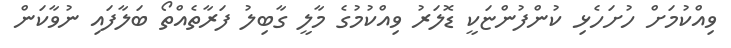
ވިއްކުމަށް ހުށަހެޅި ކުންފުންޏަކީ ޑޮލަރު ވިއްކުމުގެ މާލީ ގާބިލު ފަރާތެއްތޯ ބަލާފައި ނުވާކަން